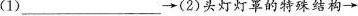
(1)___→(2)头灯灯罩的特殊结构→